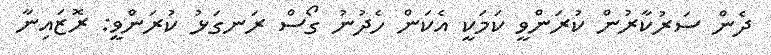
ދެން ސަރުކާރުން ކުރަންވީ ކަމަކީ އެކަން ހެދުނު ގޯސް ރަނގަޅު ކުރަންވީ: ރޮޒައިނާ